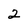
Character: 2